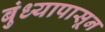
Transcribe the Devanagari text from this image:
बुंध्यापासून